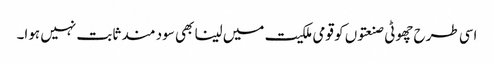
اسی طرح چھوٹی صنعتوں کو قومی ملکیت میں لینا بھی سود مند ثابت نہیں ہوا۔